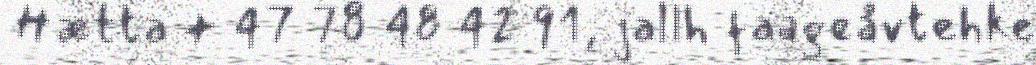
Hætta + 47 78 48 42 91, jallh faageåvtehke